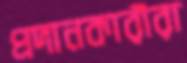
প্রদানকারীরা